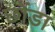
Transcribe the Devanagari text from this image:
छोंडा